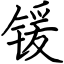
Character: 锾